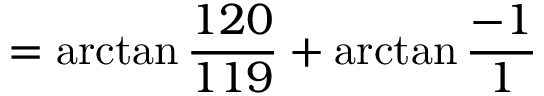
= \arctan { \frac { 1 2 0 } { 1 1 9 } } + \arctan { \frac { - 1 } { 1 } }